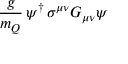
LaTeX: { \frac { g } { m _ { Q } } } \, \psi ^ { \dagger } \, \sigma ^ { \mu \nu } G _ { \mu \nu } \psi